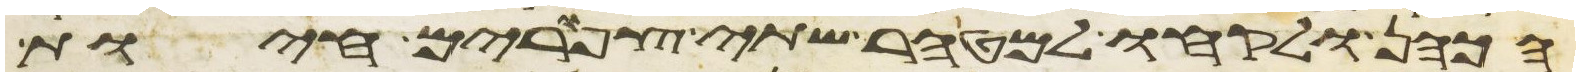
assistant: הכהן ולקחו למטהר שתי צפורים חיות